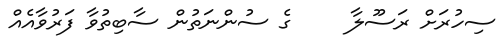
ސިހުރަށް ރަސޫލާ     ގެ ސުންނަތުން ސާބިތުވާ ފަރުވާއެއް